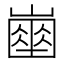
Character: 𡽔